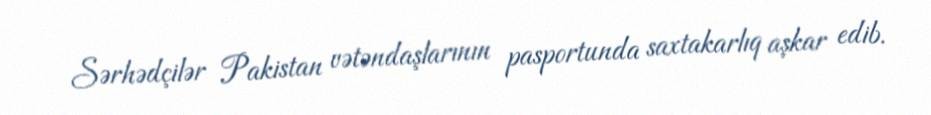
Sərhədçilər Pakistan vətəndaşlarının pasportunda saxtakarlıq aşkar edib.